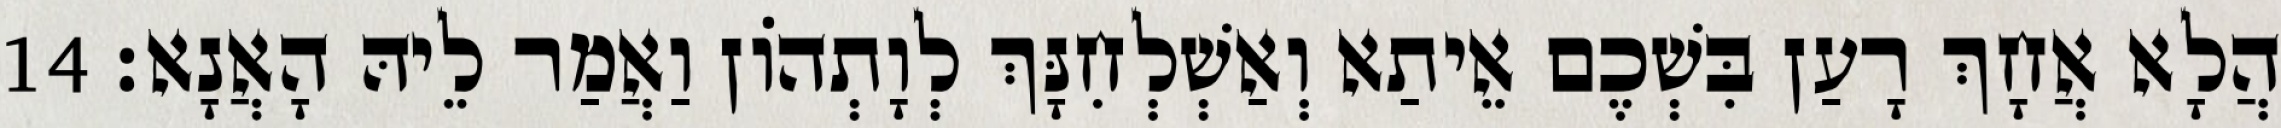
הֲלָא אֲחָךְ רָעַן בִּשְׁכֶם אֵיתַא וְאַשְׁלְחִנָּךְ לְוָתְהוֹן וַאֲמַר לֵיהּ הָאֲנָא׃ 14